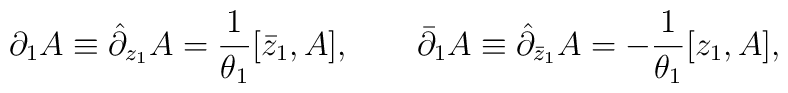
\partial_1 A \equiv \hat\partial_{z_1} A = {1\over \theta_1} [\bar z_1, A],\qquad \bar\partial_1 A \equiv \hat\partial_{\bar z_1} A= - {1\over \theta_1} [z_1, A],